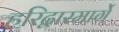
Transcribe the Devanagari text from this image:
हरिद्वारमार्गे